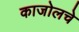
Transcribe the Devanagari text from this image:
काजोलचे